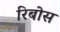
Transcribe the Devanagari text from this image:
रिबोस